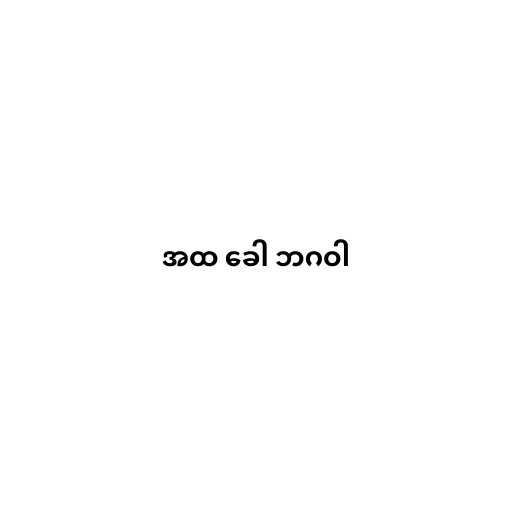
အထ ခေါ ဘဂဝါ